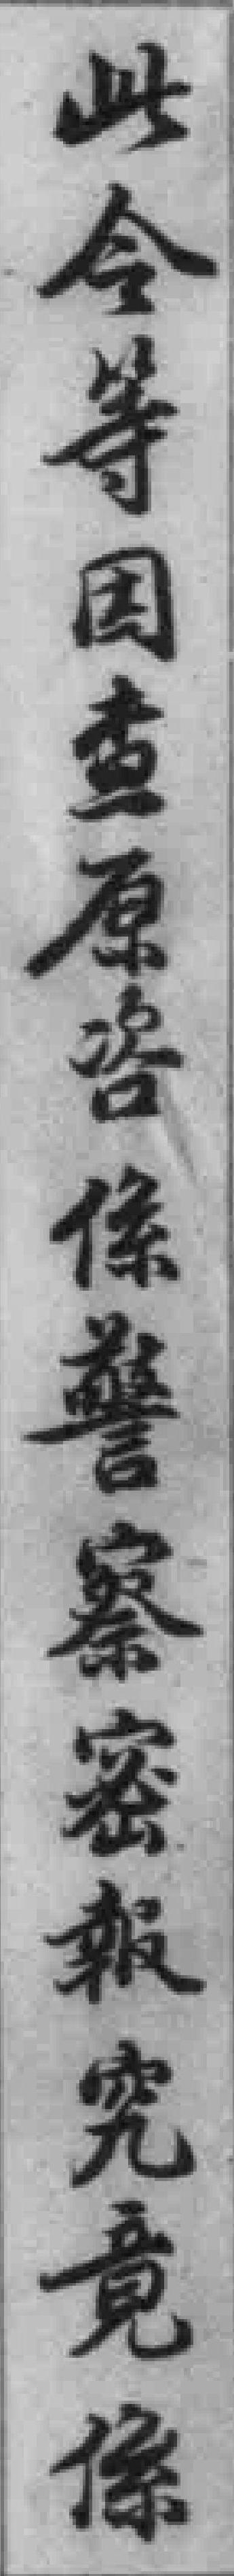
此令等因查原咨係警察密報究竟係